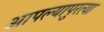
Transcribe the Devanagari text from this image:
आपल्यापुरत्या